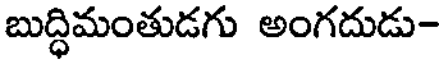
బుద్ధిమంతుడగు అంగదుడు-